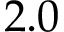
2 . 0